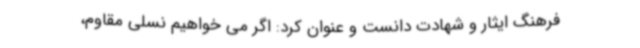
فرهنگ ایثار و شهادت دانست و عنوان کرد: اگر می خواهیم نسلی مقاوم،